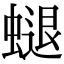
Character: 螁